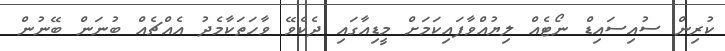
ކުރިން ސުއިސައިޑް ނޯޓެއް ލިޔުއްވާފައިކަމަށް މީޑިއާގައި ދެކެވޭ ވާހަތަކާމެދު އެއްޗެއް ބުނަން ބޭނުން